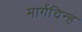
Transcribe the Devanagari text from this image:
मार्गचिन्ह